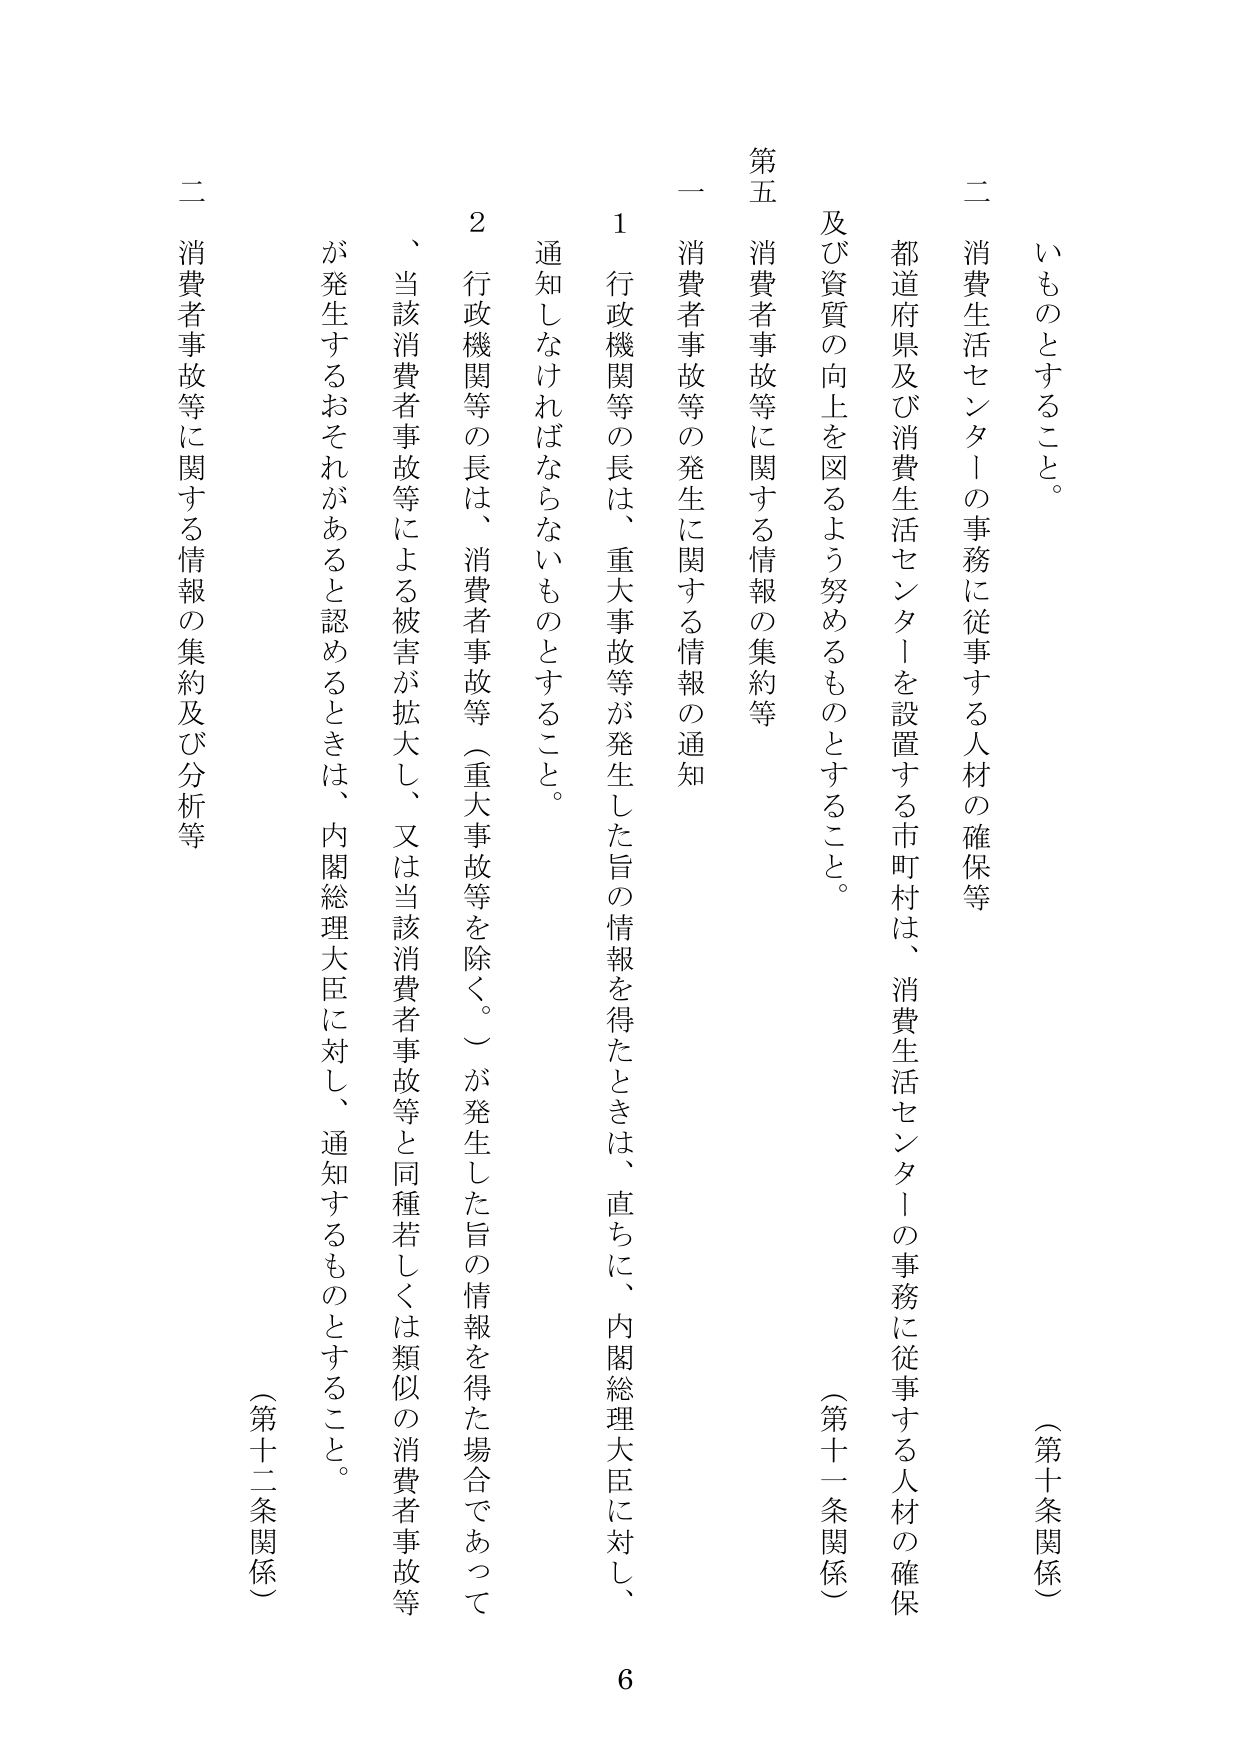
いものとすること。

（第十条関係）

二 消費生活センターの事務に従事する人材の確保等

都道府県及び消費生活センターを設置する市町村は、消費生活センターの事務に従事する人材の確保及び資質の向上を図るよう努めるものとすること。

（第十一条関係）

第五 消費者事故等に関する情報の集約等

一 消費者事故等の発生に関する情報の通知

１ 行政機関等の長は、重大事故等が発生した旨の情報を得たときは、直ちに、内閣総理大臣に対し、通知しなければならないものとすること。

２ 行政機関等の長は、消費者事故等（重大事故等を除く。）が発生した旨の情報を得た場合であって、当該消費者事故等による被害が拡大し、又は当該消費者事故等と同種若しくは類似の消費者事故等が発生するおそれがあると認めるときは、内閣総理大臣に対し、通知するものとすること。

二 消費者事故等に関する情報の集約及び分析等

（第十二条関係）

6